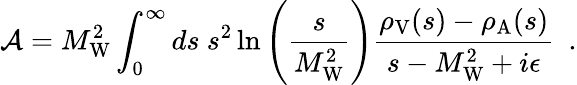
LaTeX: {\cal A}=M_{\mathrm{W}}^{2}\int_{0}^{\infty}ds~s^{2}\ln\left({\frac{s}{M_{\mathrm{W}}^{2}}}\right){\frac{\rho_{\mathrm{V}}(s)-\rho_{\mathrm{A}}(s)}{s-M_{\mathrm{W}}^{2}+i\epsilon}}\ \ .